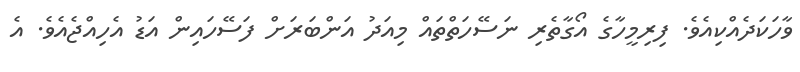
ވާހަކަދެއްކިއެވެ. ފިރިމީހާގެ އޯގާތެރި ނަސޭހަތްތައް މިއަދު އަންބަރަށް ފަސޭހައިން އަޑު އެހިއްޖެއެވެ. އެ